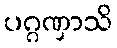
ပဂ္ဂဏှာသိ